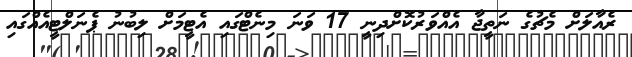
ރެއާލަށް މެޗުގެ ނަތީޖާ އެއްވަރުކޮށްދިނީ 17 ވަނަ މިނެޓްގައި އެޓީމަށް ލިބުނު ޕެނަލްޓީއެއްގައި